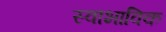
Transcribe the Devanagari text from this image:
स्‍वाभाविक